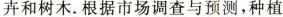
卉和树木。根据市场调查与预测，种植